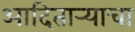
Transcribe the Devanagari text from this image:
आदितार्‍याचा